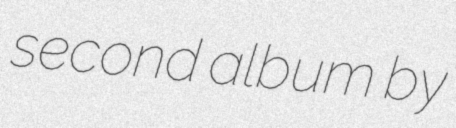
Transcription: second album by